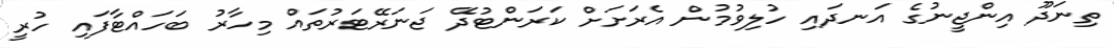
ތިނަދޫ އިންޖީނުގެ އަނދައި ހުލިވުމުން އެރަށަށް ކަރަންޓުދޭ ޖަނަރޭޓަރުތައް މިހާރު ބަހައްޓާފައި ހުރީ